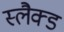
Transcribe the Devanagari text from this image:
स्लैक्ड